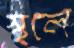
স্থলে